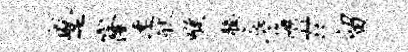
蹙窿速状喉臆底海#留